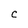
Character: C